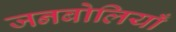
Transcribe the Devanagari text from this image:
जनबोलियाँ